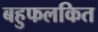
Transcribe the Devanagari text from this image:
बहुफलकित